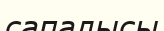
сапалысы